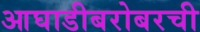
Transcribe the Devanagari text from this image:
आघाडीबरोबरची